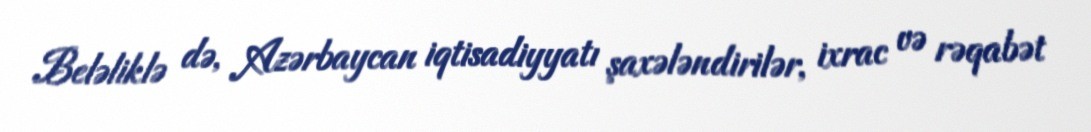
Beləliklə də, Azərbaycan iqtisadiyyatı şaxələndirilər, ixrac və rəqabət